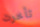
تأخرت